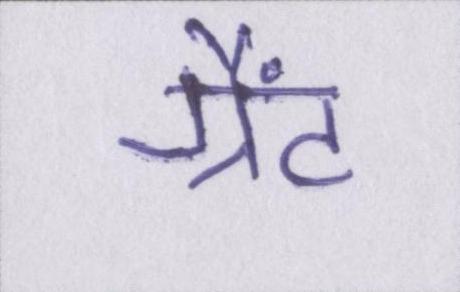
ग्रैंट